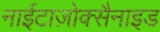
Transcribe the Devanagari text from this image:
नाईटाज़ोक्सैनाइड